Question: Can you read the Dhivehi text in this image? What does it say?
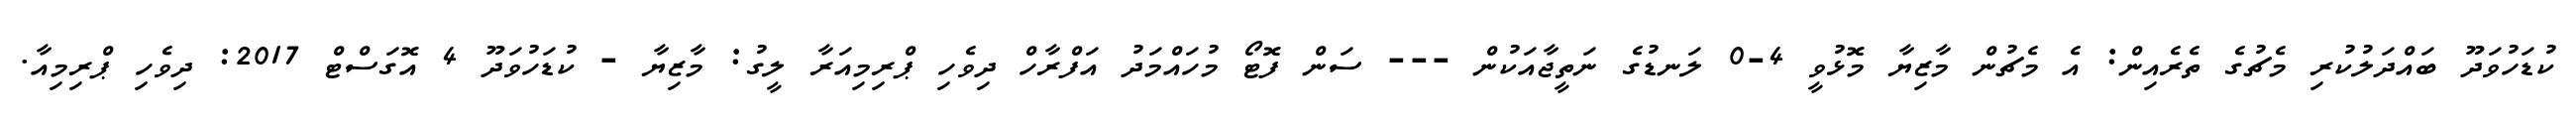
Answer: ކުޑަހުވަދޫ ބައްދަލުކުރި މެޗުގެ ތެރެއިން: އެ މެޗުން މާޒިޔާ މޮޅުވީ 4-0 ލަނޑުގެ ނަތީޖާއަކުން --- ސަން ފޮޓޯ މުހައްމަދު އަފްރާހް ދިވެހި ޕްރިމިއަރާ ލީގު: މާޒިޔާ - ކުޑަހުވަދޫ 4 އޮގަސްޓް 2017: ދިވެހި ޕްރިމިއާ.